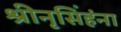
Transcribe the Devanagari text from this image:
श्रीनृसिंहंना